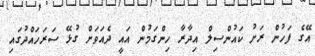
އޭގެ ފަހުން ރަށު ކައުންސިލް އިދާރާ ހިންގަމުން އައީ ދެއަވަށް ގުޅޭ ސަރަހައްދުގައި